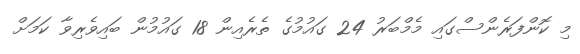
މި ކޮންފަރެންސްގައި މެމްބަރު 24 ގައުމުގެ ތެރެއިން 18 ގައުމުން ބައިވެރިވާ ކަމަށް